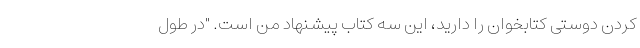
کردن دوستی کتابخوان را دارید، این سه کتاب پیشنهاد من است. "در طول